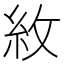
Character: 𮈄